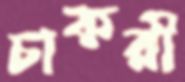
চাকরী